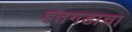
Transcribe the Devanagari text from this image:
हतगडाचा